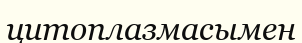
цитоплазмасымен